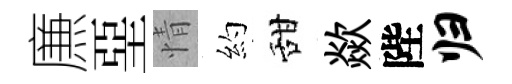
㢘堊情約甜歘陛归